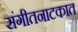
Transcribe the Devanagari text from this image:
संगीतनाटकात